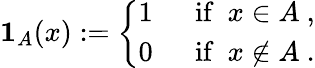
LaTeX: \mathbf{1}_{A}(x):={\left\{ \begin{array}{ll}{1~}&{{\mathrm{~if~}}~x\in A~,}\\ {0~}&{{\mathrm{~if~}}~x\notin A~.}\end{array}\right.}